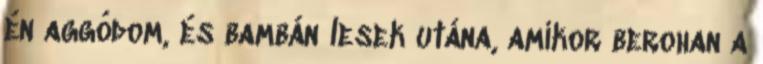
én aggódom, és bambán lesek utána, amikor berohan a